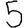
Digit: 5